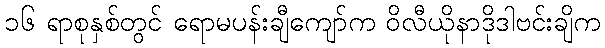
၁၆ ရာစုနှစ်တွင် ရောမပန်းချီကျော်က ဝိလီယိုနာဒိုဒါဗင်းချိက